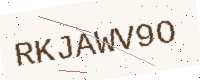
Text: RKJAWV9O